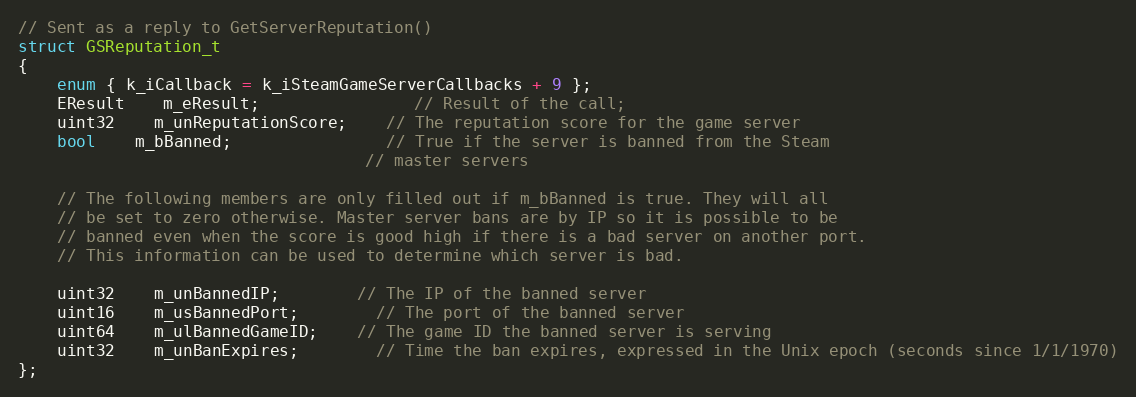
Language: C
// Sent as a reply to GetServerReputation()
struct GSReputation_t
{
	enum { k_iCallback = k_iSteamGameServerCallbacks + 9 };
	EResult	m_eResult;				// Result of the call;
	uint32	m_unReputationScore;	// The reputation score for the game server
	bool	m_bBanned;				// True if the server is banned from the Steam
									// master servers

	// The following members are only filled out if m_bBanned is true. They will all
	// be set to zero otherwise. Master server bans are by IP so it is possible to be
	// banned even when the score is good high if there is a bad server on another port.
	// This information can be used to determine which server is bad.

	uint32	m_unBannedIP;		// The IP of the banned server
	uint16	m_usBannedPort;		// The port of the banned server
	uint64	m_ulBannedGameID;	// The game ID the banned server is serving
	uint32	m_unBanExpires;		// Time the ban expires, expressed in the Unix epoch (seconds since 1/1/1970)
};